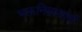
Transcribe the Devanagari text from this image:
भक्तनिवासांचं